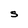
Character: S